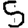
Digit: 5